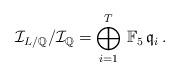
LaTeX: \begin{align*}\mathcal{I}_{L/\mathbb{Q}}/\mathcal{I}_{\mathbb{Q}}=\bigoplus_{i=1}^T\,\mathbb{F}_5\,\mathfrak{q}_i\,.\end{align*}